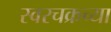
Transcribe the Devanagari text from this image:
स्वरचक्रच्या